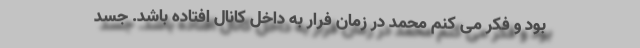
بود و فکر می کنم محمد در زمان فرار به داخل کانال افتاده باشد. جسد